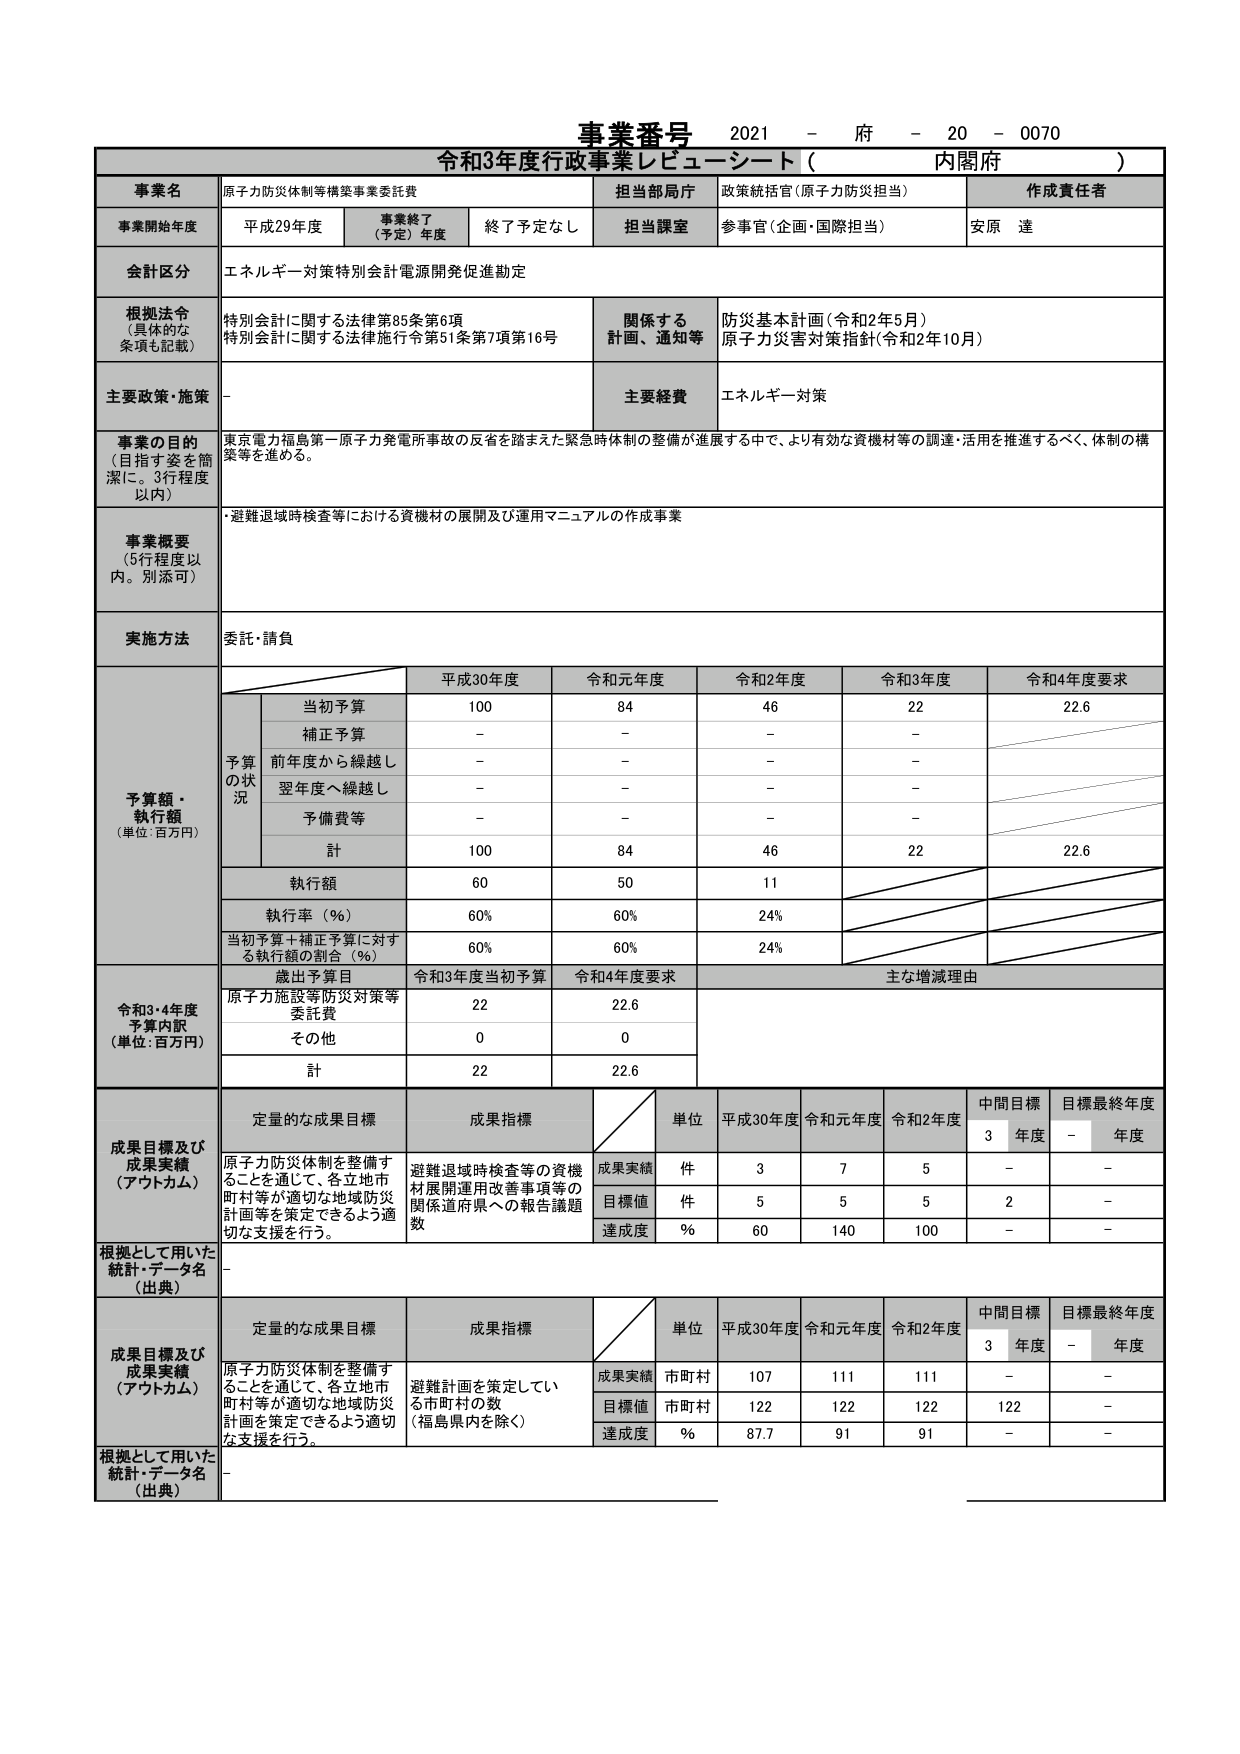
事業番号 2021 - 府 - 20 - 0070
令和3年度行政事業レビューーシート（ 内閣府 ）

事業名 原子力防災体制等構策事業委託費
担当部局庁 政策統括官（原子力防災担当）
作成責任者 安原 達

事業開始年度 平成29年度
事業終了（予定）年度 終了予定なし
担当課室 参事官（企画・国際担当）

会計区分 エネルギー対策特別会計電源開発促進勘定

根拠法令（具体的な条項も記載）
特別会計に関する法律第85条第6項
特別会計に関する法律施行令第51条第7項第16号
関係する計画、通知等
防災基本計画（令和2年5月）
原子力災害対策指針（令和2年10月）

主要政策・施策 -
主要経費 エネルギー対策

事業の目的（目指す姿を簡潔に。3行程度以内）
東京電力福島第一原子力発電所事故の反省を踏まえた緊急時体制の整備が進展する中で、より有効な資機材等の調達・活用を推進するべく、体制の構築等を進める。

事業概要（5行程度以内。別添可）
・避難退域時検査等における資機材の展開及び運用マニュアルの作成事業

実施方法 委託・請負

予算額・執行額（単位：百万円）